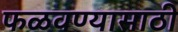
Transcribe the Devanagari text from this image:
फळवण्यासाठी